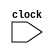
module mipspipe(clock);
   input clock;

   parameter LW = 6'b100011, SW = 6'b101011, BEQ = 6'b000100, nop = 32'b00000_100000, ALUop = 6'b0;
   reg [31:0] PC,
              Regs[0:31],
              IMemory[0:1023], DMemory[0:1023],
              IFIDIR, IDEXA, IDEXB, IDEXIR, EXMEMIR, EXMEMB,
              EXMEMALUOut, MEMWBValue, MEMWBIR;

   wire [4:0] IDEXrs, IDEXrt, EXMEMrd, MEMWBrd, MEMWBrt; // fields of pipeline latches
   wire [5:0] EXMEMop, MEMWBop, IDEXop; // opcodes
   wire [31:0] Ain, Bin; // ALU inputs

   wire [4:0] EXMEMrs, EXMEMrt; // fields of pipeline latches

   // Define fields of pipeline latches
   assign IDEXrs = IDEXIR[25:21]; // rs field
   assign IDEXrt = IDEXIR[20:16]; // rt field
   assign EXMEMrs = EXMEMIR[25:21]; // rs field
   assign EXMEMrt = EXMEMIR[20:16]; // rt field
   assign EXMEMrd = EXMEMIR[15:11]; // rd field
   assign MEMWBrd = MEMWBIR[15:11]; // rd field
   assign MEMWBrt = MEMWBIR[20:16]; // rt field -- for loads
   assign EXMEMop = EXMEMIR[31:26]; // opcode
   assign MEMWBop = MEMWBIR[31:26]; // opcode
   assign IDEXop = IDEXIR[31:26]; // opcode

   // Inputs to the ALU come directly from the ID/EX pipeline latches
   assign Ain = IDEXA;
   assign Bin = IDEXB;
   reg [5:0] i; //used to initialize registers
   reg [10:0] j,k; //used to initialize registers

   initial begin
      PC = 0;
      IFIDIR = nop;
      IDEXIR = nop;
      EXMEMIR = nop;
      MEMWBIR = nop; // no-ops placed in pipeline latches
      // Initialize registers
      Regs[0] = 0;
      Regs[1] = 1;
      Regs[2] = 2;
      for (i = 3; i <= 31; i = i + 1) Regs[i] = i;
      IMemory[0] = 32'h00021020; // ADD $5, $2, $1
      IMemory[1] = 32'h8ca30004; // LW $3 ,4($5)
      IMemory[2] = 32'h8c420000; // LW $2 ,0($2)
      IMemory[3] = 32'h00a39825; // OR $3, $5, $3
      IMemory[4] = 32'haca30000; // SW $3, 0($5)
      for (j=5;j<=1023;j=j+1) IMemory[j] = nop;
            DMemory[6] = 32'hFFFFFFFF; // 4($5)
      DMemory[2] = 32'hFFFFFFF0; // 0($2)
      for (k=3;k<=1023;k=k+1) DMemory[k] = 0;
   end

   always @(posedge clock)
   begin
      // FETCH: Fetch instruction & update PC
      IFIDIR <= IMemory[PC>>2];
      PC <= PC + 4;

      // DECODE: Read registers
      IDEXA <= Regs[IFIDIR[25:21]];
      IDEXB <= Regs[IFIDIR[20:16]]; // get two registers

      IDEXIR <= IFIDIR; // pass along IR

      // EX: Address calculation or ALU operation
      if ((IDEXop==LW) |(IDEXop==SW)) // address calculation
         EXMEMALUOut <= IDEXA +{{16{IDEXIR[15]}}, IDEXIR[15:0]};
      else if (IDEXop==ALUop) begin // ALU operation
         case (IDEXIR[5:0]) // R-type instruction
           32: EXMEMALUOut <= Ain + Bin; // add operation
           37: EXMEMALUOut <= Ain | Bin; // or operation
           default: ; // other R-type operations [to be implemented]
         endcase
      end

      EXMEMIR <= IDEXIR; EXMEMB <= IDEXB; //pass along the IR & B

      // MEM
      if (EXMEMop==ALUop) MEMWBValue <= EXMEMALUOut; //pass along ALU result
      else if (EXMEMop == LW) MEMWBValue <= DMemory[EXMEMALUOut>>2]; // load
      else if (EXMEMop == SW) DMemory[EXMEMALUOut>>2] <=EXMEMB; // store

      MEMWBIR <= EXMEMIR; //pass along IR

      // WB
      if ((MEMWBop==ALUop) & (MEMWBrd != 0)) // update registers if ALU operation and destination not 0
        Regs[MEMWBrd] <= MEMWBValue; // ALU operation
      else if ((MEMWBop == LW)& (MEMWBrt != 0)) // Update registers if load and destination not 0
        Regs[MEMWBrt] <= MEMWBValue;
   end
endmodule